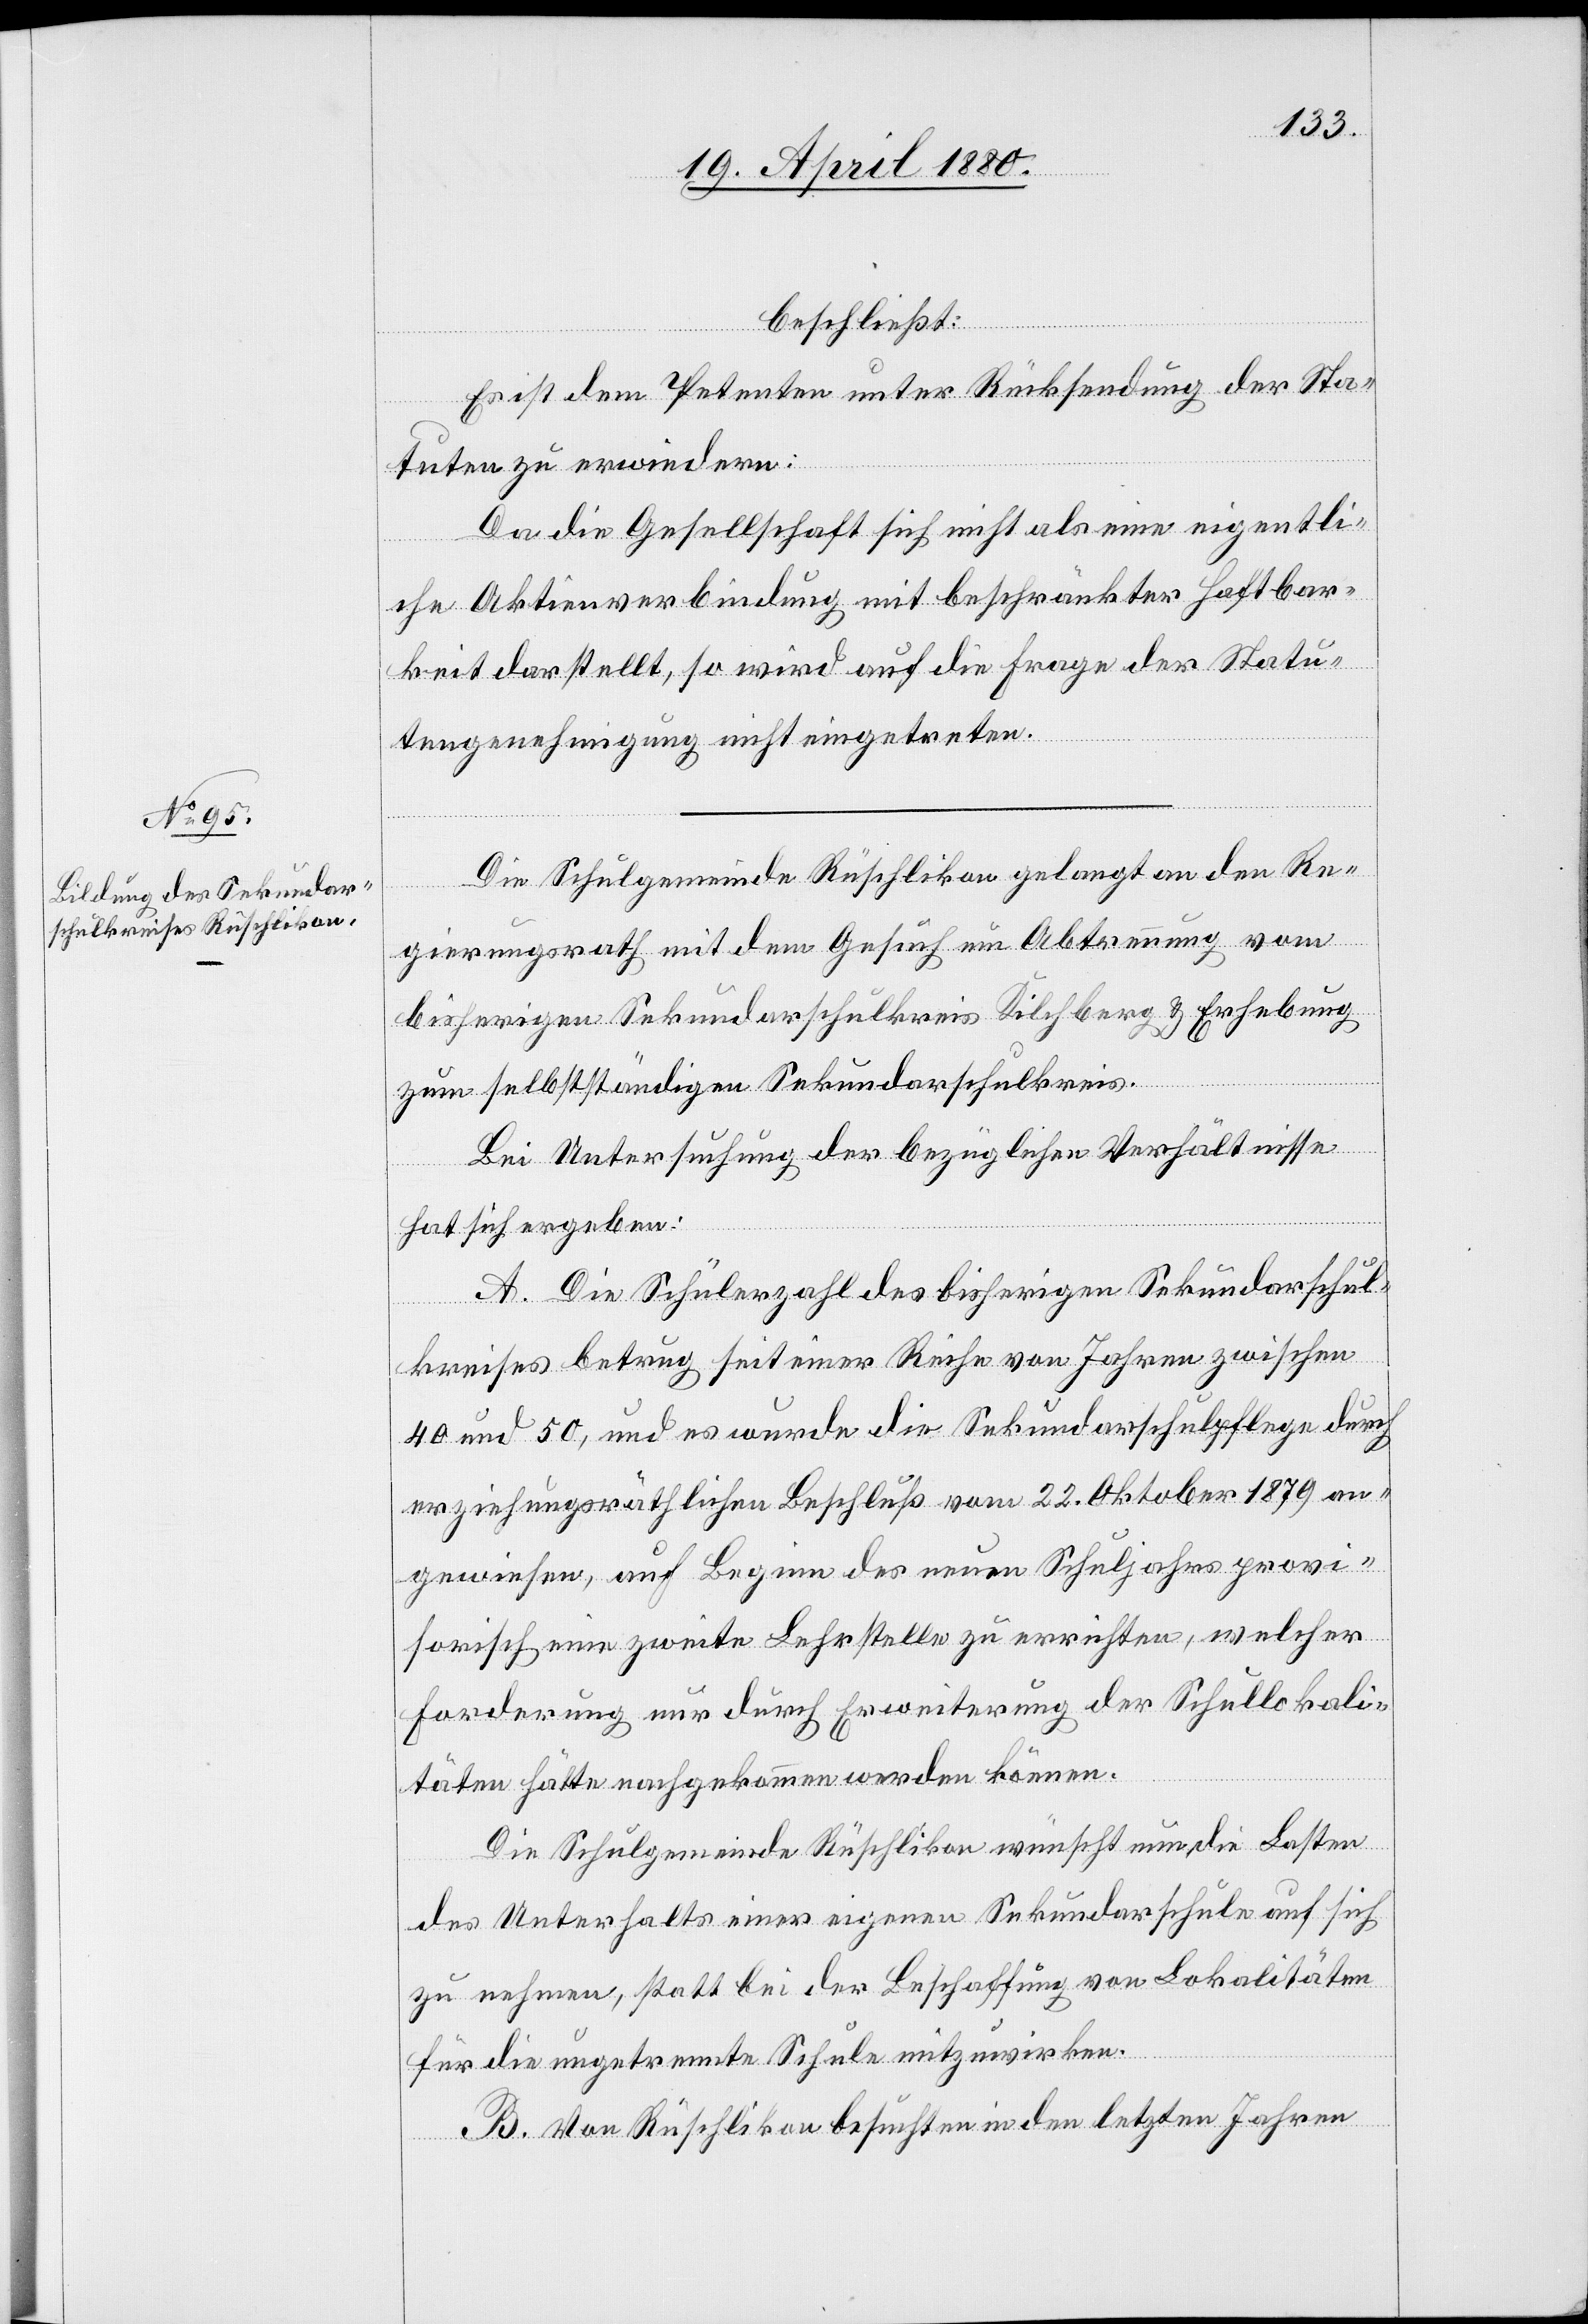
beschließt:
Es ist dem Petenten unter Rücksendung der Sta¬
tuten zu erwiedern:
Da die Gesellschaft sich nicht als eine eigentli¬
che Aktienverbindung mit beschränkter Haftbar¬
keit darstellt, so wird auf die Frage der Statu¬
tengenehmigung nicht eingetreten.
Die Schulgemeinde Rüschlikon gelangt an den Re¬
gierungsrath mit dem Gesuch um Abtrennung vom
bisherigen Sekundarschulkreis Kilchberg & Erhebung
zum selbstständigen Sekundarschulkreis.
Bei Untersuchung der bezüglichen Verhältnisse
hat sich ergeben:
A. Die Schülerzahl des bisherigen Sekundarschul¬
kreises betrug seit einer Reihe von Jahren zwischen
40 und 50, und es wurde die Sekundarschulpflege durch
erziehungsräthlichen Beschluß vom 22. Oktober 1879 an¬
gewiesen, auf Beginn des neuen Schuljahres provi¬
sorisch eine zweite Lehrstelle zu errichten, welcher
Forderung nur durch Erweiterung der Schullokali¬
täten hätte nachgekommen werden können.
Die Schulgemeinde Rüschlikon wünscht nun, die Lasten
des Unterhalts einer eigenen Sekundarschule auf sich
zu nehmen, statt bei der Beschaffung von Lokalitäten
für die ungetrennte Schule mitzuwirken.
B. Von Rüschlikon besuchten in den letzten Jahren